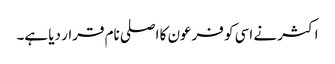
اکثر نے اسی کو فرعون کا اصلی نام قرار دیا ہے۔